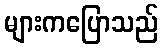
များကပြောသည်